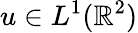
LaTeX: u\in L^{1}(\mathbb{R}^{2})